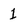
Character: 1